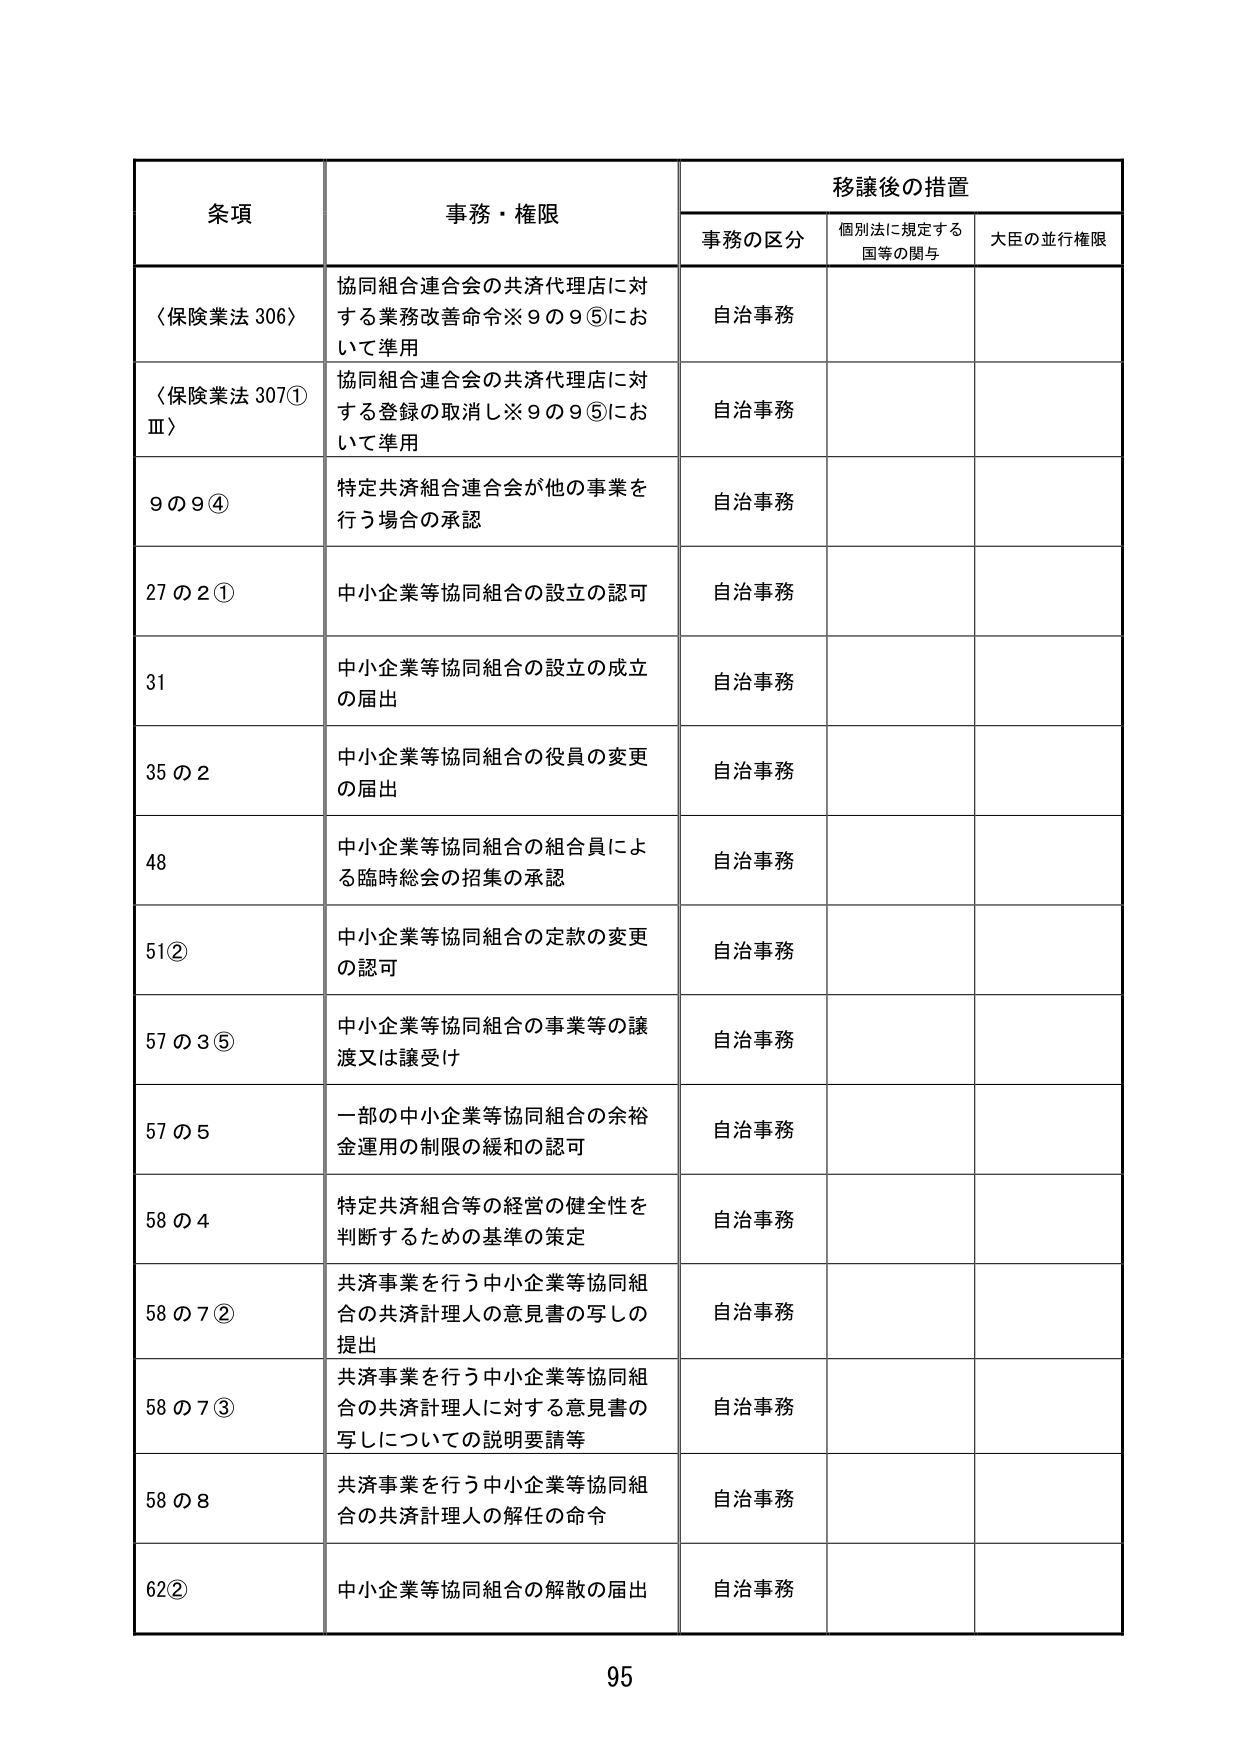
条項 事務・権限 移譲後の措置
事務の区分 個別法に規定する国等の関与 大臣の並行権限
〈保険業法 306〉 協同組合連合会の共済代理店に対する業務改善命令※9の9⑤において準用 自治事務
〈保険業法 307①Ⅲ〉 協同組合連合会の共済代理店に対する登録の取消し※9の9⑤において準用 自治事務
9の9④ 特定共済組合連合会が他の事業を行う場合の承認 自治事務
27の2① 中小企業等協同組合の設立の認可 自治事務
31 中小企業等協同組合の設立の成立の届出 自治事務
35の2 中小企業等協同組合の役員の変更の届出 自治事務
48 中小企業等協同組合の組合員による臨時総会の招集の承認 自治事務
51② 中小企業等協同組合の定款の変更の認可 自治事務
57の3⑤ 中小企業等協同組合の事業等の譲渡又は譲受け 自治事務
57の5 一部の中小企業等協同組合の余裕金運用の制限の緩和の認可 自治事務
58の4 特定共済組合等の経営の健全性を判断するための基準の策定 自治事務
58の7② 共済事業を行う中小企業等協同組合の共済計理人の意見書の写しの提出 自治事務
58の7③ 共済事業を行う中小企業等協同組合の共済計理人に対する意見書の写しについての説明要請等 自治事務
58の8 共済事業を行う中小企業等協同組合の共済計理人の解任の命令 自治事務
62② 中小企業等協同組合の解散の届出 自治事務
95